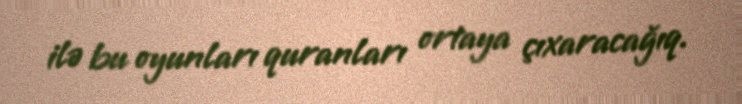
ilə bu oyunları quranları ortaya çıxaracağıq.